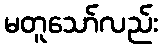
မတူသော်လည်း